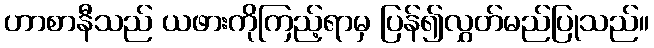
ဟာစာနီသည် ယဖားကိုကြည့်ရာမှ ပြန်၍လွှတ်မည်ပြုသည်။